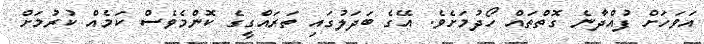
އަވަހަށް ފުއްދާނެ ގޮތްތައް ހޯދުމަށެވެ. އޭގެ ބަދަލުގައި ތަރައްގީގެ ކޮންމެވެސް ކަމެއް ކުރުމަށް